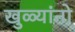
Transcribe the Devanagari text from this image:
खुळ्यांनो